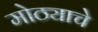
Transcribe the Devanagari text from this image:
मोठ्याचे